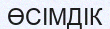
ӨСІМДІК